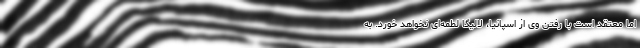
اما معتقد است با رفتن وی از اسپانیا، لالیگا لطمه‌ای نخواهد خورد. به